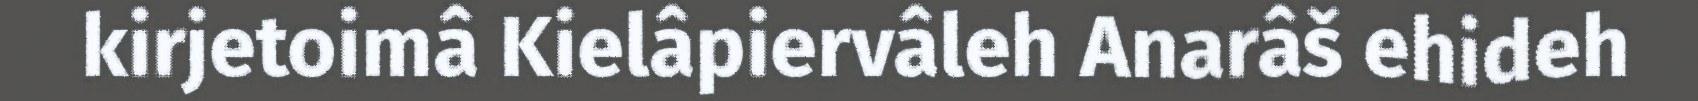
kirjetoimâ Kielâpiervâleh Anarâš ehideh